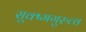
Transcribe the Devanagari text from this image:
सूक्ष्मगुरुत्व